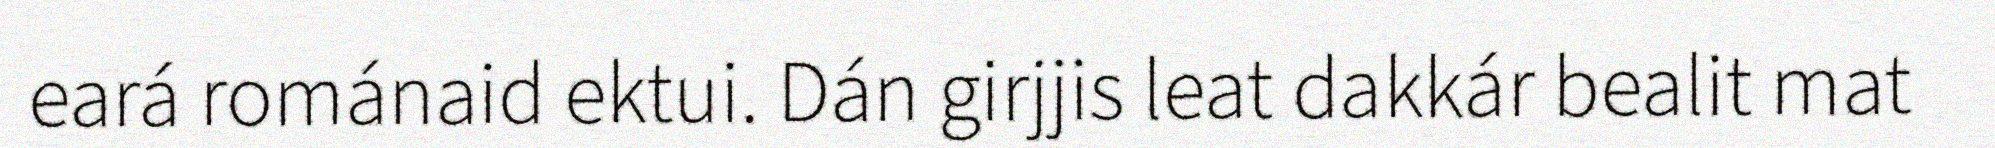
eará románaid ektui. Dán girjjis leat dakkár bealit mat